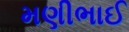
મણીભાઈ